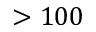
> 1 0 0